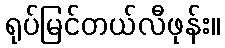
ရုပ်မြင်တယ်လီဖုန်း။